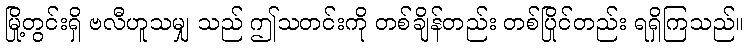
မြို့တွင်းရှိ ဗလီဟူသမျှ သည် ဤသတင်းကို တစ်ချိန်တည်း တစ်ပြိုင်တည်း ရရှိကြသည်။